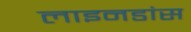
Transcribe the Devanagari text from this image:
लाइनडांस